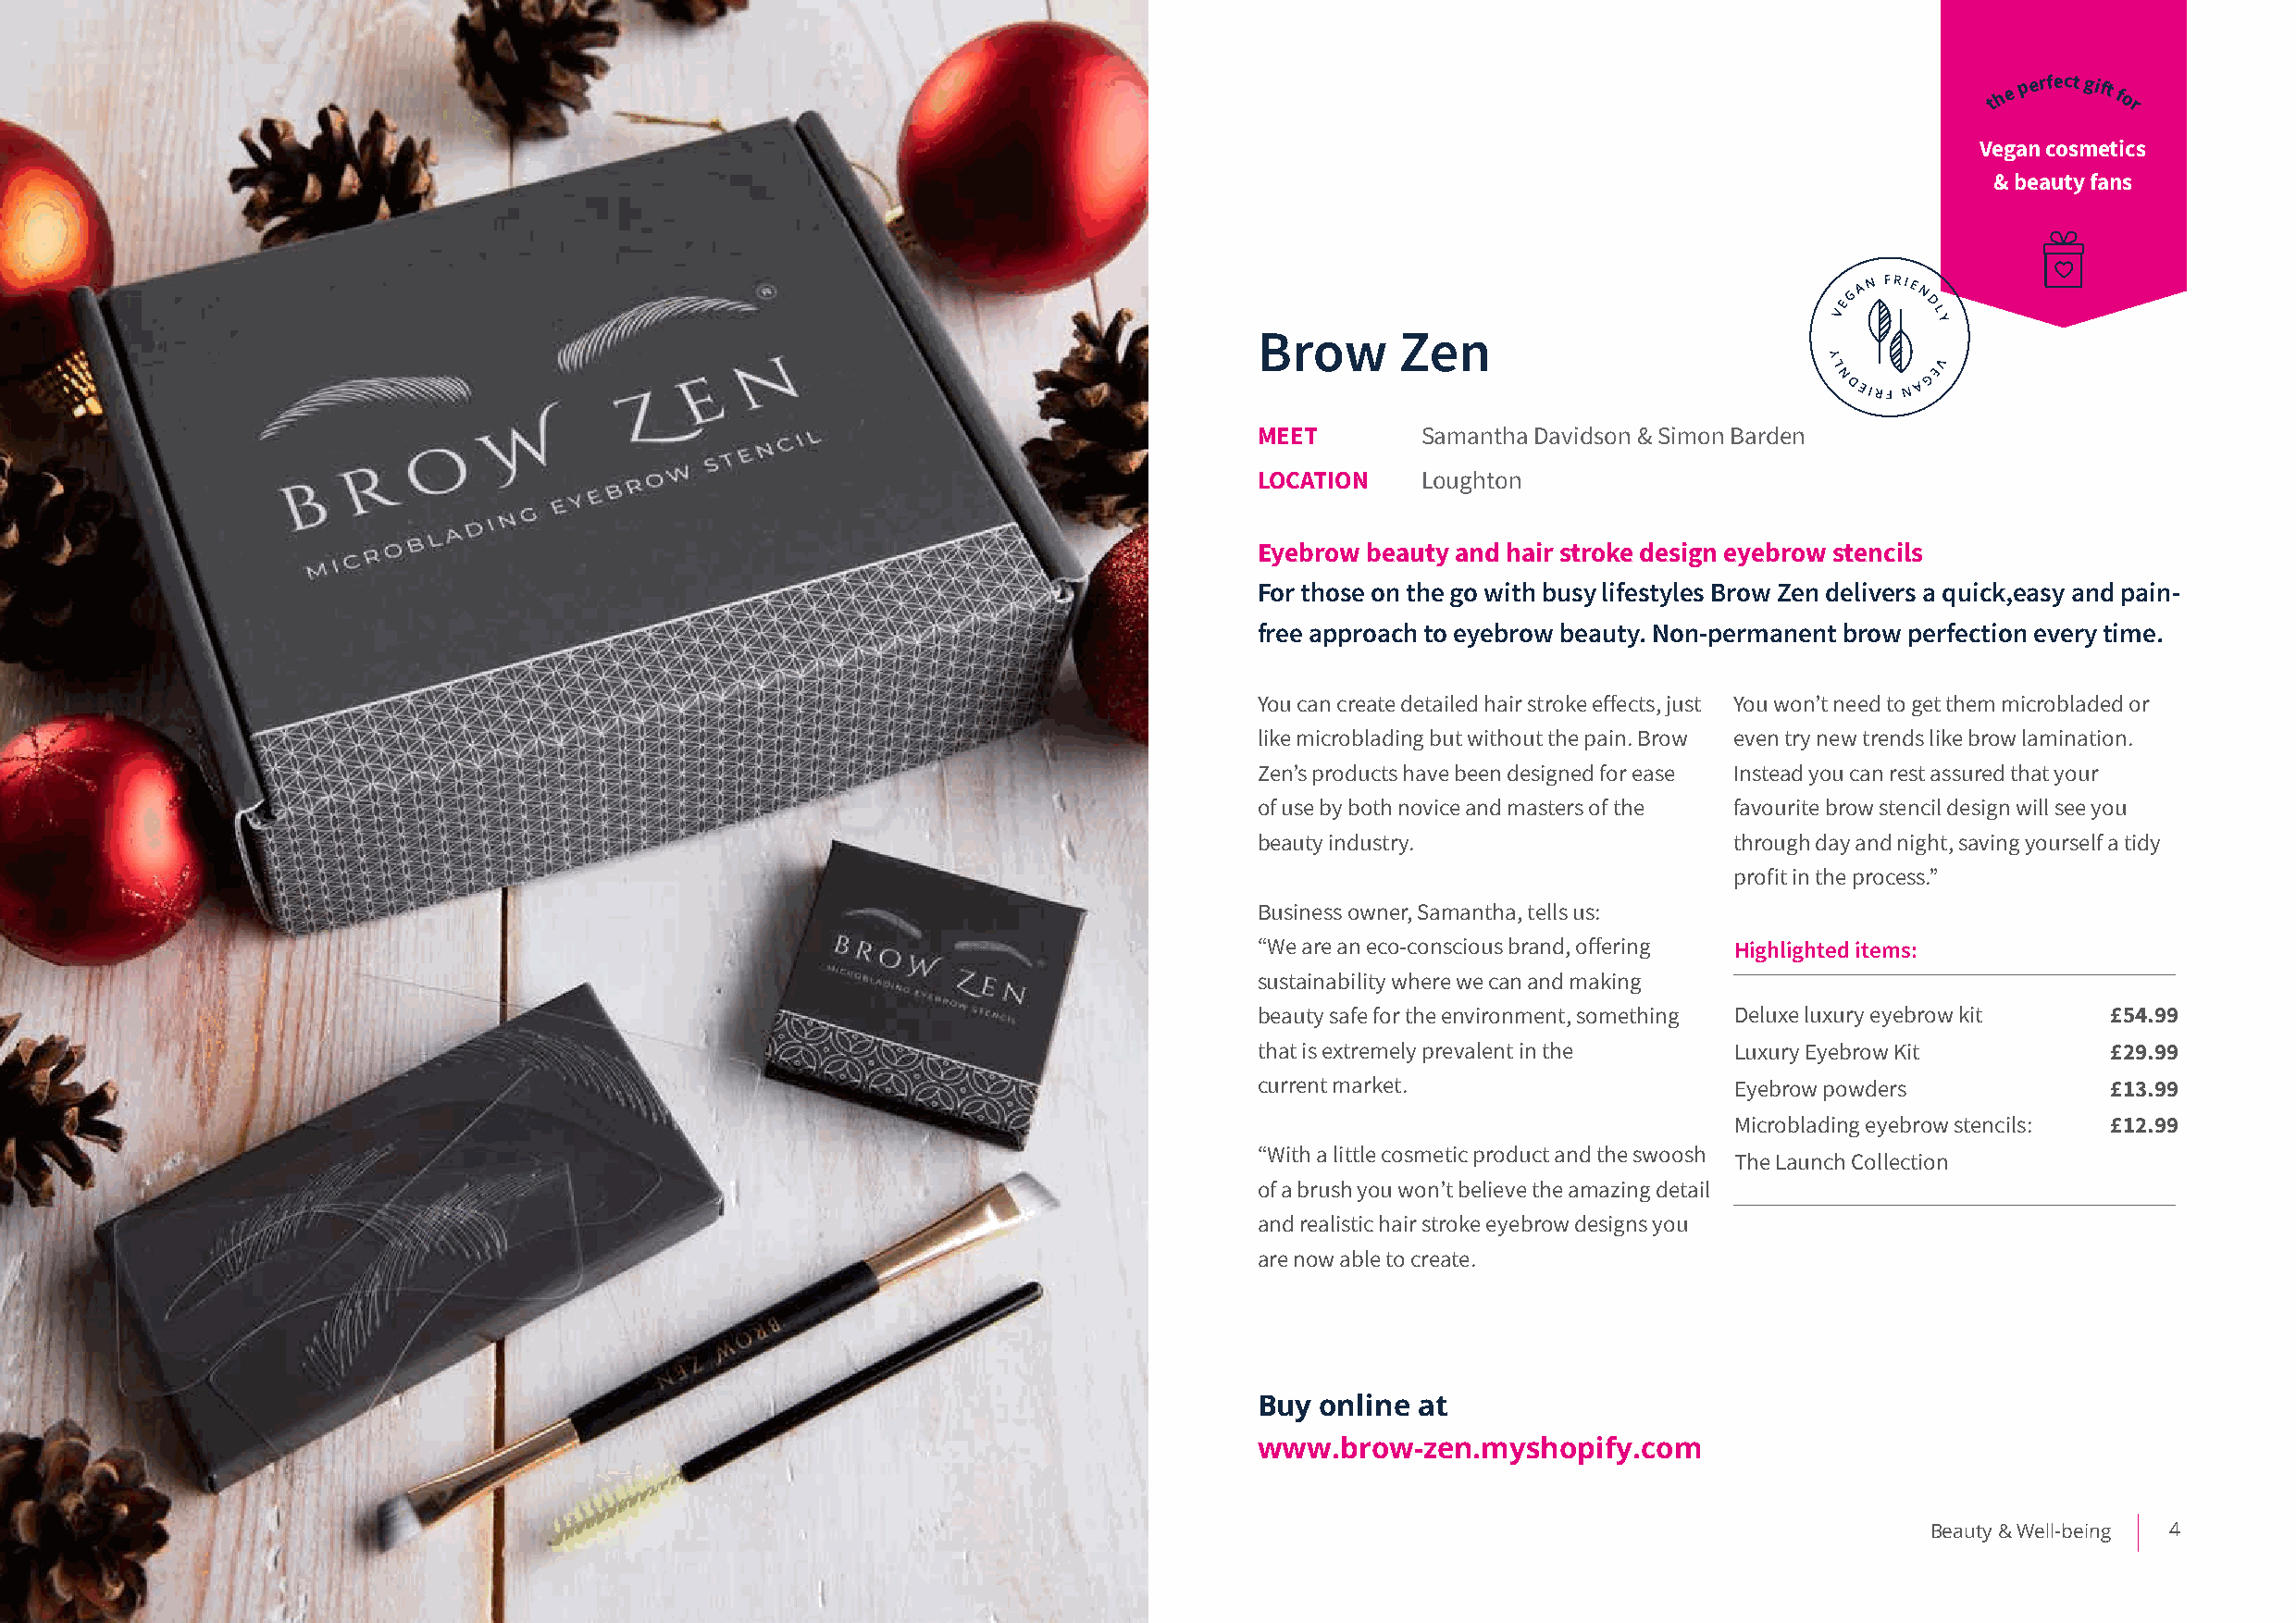
th e p erfect gift for
 Vegan cosmetics
 & beauty fans
 Brow      Zen
 MEET        Samantha Davidson & Simon Barden
 LOCATION    Loughton
 Eyebrow beauty and hair stroke design eyebrow stencils
 For those on the go with busy lifestyles Brow Zen delivers a quick,easy and pain-
 free approach to eyebrow beauty. Non-permanent brow perfection every time.
 You can create detailed hair stroke effects, just You won’t need to get them microbladed or
 like microblading but without the pain. Brow even try new trends like brow lamination.
 Zen’s products have been designed for ease Instead you can rest assured that your
 of use by both novice and masters of the favourite brow stencil design will see you
 beauty industry.                  through day and night, saving yourself a tidy
 profit in the process.”
 Business owner, Samantha, tells us:
 “We are an eco-conscious brand, offering Highlighted items:
 sustainability where we can and making
 beauty safe for the environment, something Deluxe luxury eyebrow kit £54.99
 that is extremely prevalent in the Luxury Eyebrow Kit        £29.99
 current market.                   Eyebrow powders            £13.99
 Microblading eyebrow stencils: £12.99
 “With a little cosmetic product and the swoosh
 The Launch Collection
 of a brush you won’t believe the amazing detail
 and realistic hair stroke eyebrow designs you
 are now able to create.
 Buy online at
 www.brow-zen.myshopify.com
 Beauty & Well-being 4